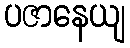
ပဇာနေယျ